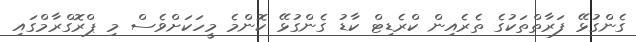
ގެންގުޅޭ ފަރާތްތަކުގެ ތެރެއިން ކްރެޑިޓް ކާޑު ގެންގުޅޭ ކޮންމެ މީހަކަށްވެސް މި ޕްރޮގްރާމްގައި